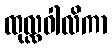
ထုလ္လဝါလိကာ